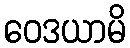
ဝေဒယာမိ